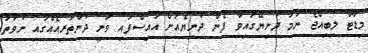
މިޑާޓާ ލިބިއްޖެ ނަމަ ދުނިޔޭގައިވާ ފެން ދުނިޔެއަށް އައިސްފައި ވަނީ ދުންތަރިއެއްގައި ނުވަތަ